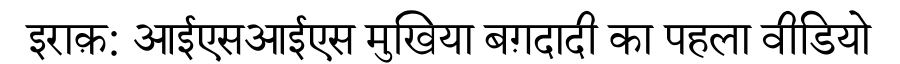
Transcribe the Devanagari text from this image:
इराक़: आईएसआईएस मुखिया बग़दादी का पहला वीडियो